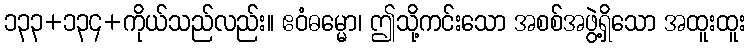
၁၃၃+၁၃၄+ကိုယ်သည်လည်း။ ဧဝံဓမ္မော၊ ဤသို့ကင်းသော အစစ်အဖွဲ့ရှိသော အထူးထူး